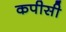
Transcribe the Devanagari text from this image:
कपीसी